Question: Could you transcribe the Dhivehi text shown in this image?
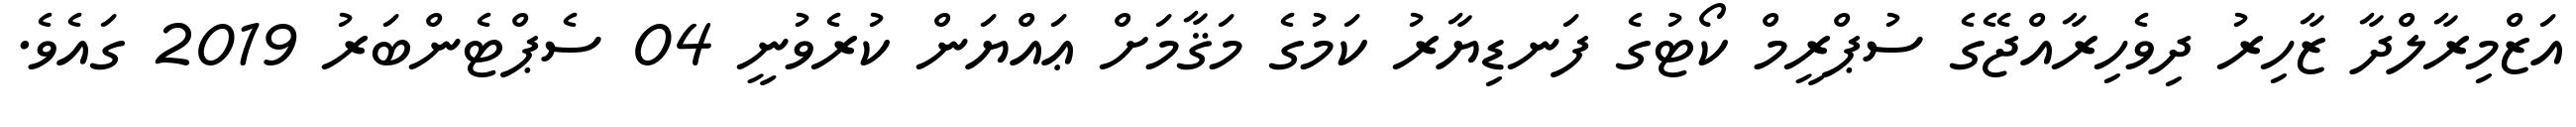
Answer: އަޒްމިރާލްދާ ޒާހިރު ދިވެހިރާއްޖޭގެ ސުޕްރީމް ކޯޓުގެ ފަނޑިޔާރު ކަމުގެ މަޤާމަށް ޢައްޔަން ކުރެވުނީ 04 ސެޕްޓެންބަރު 2019 ގައެވެ.